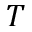
T